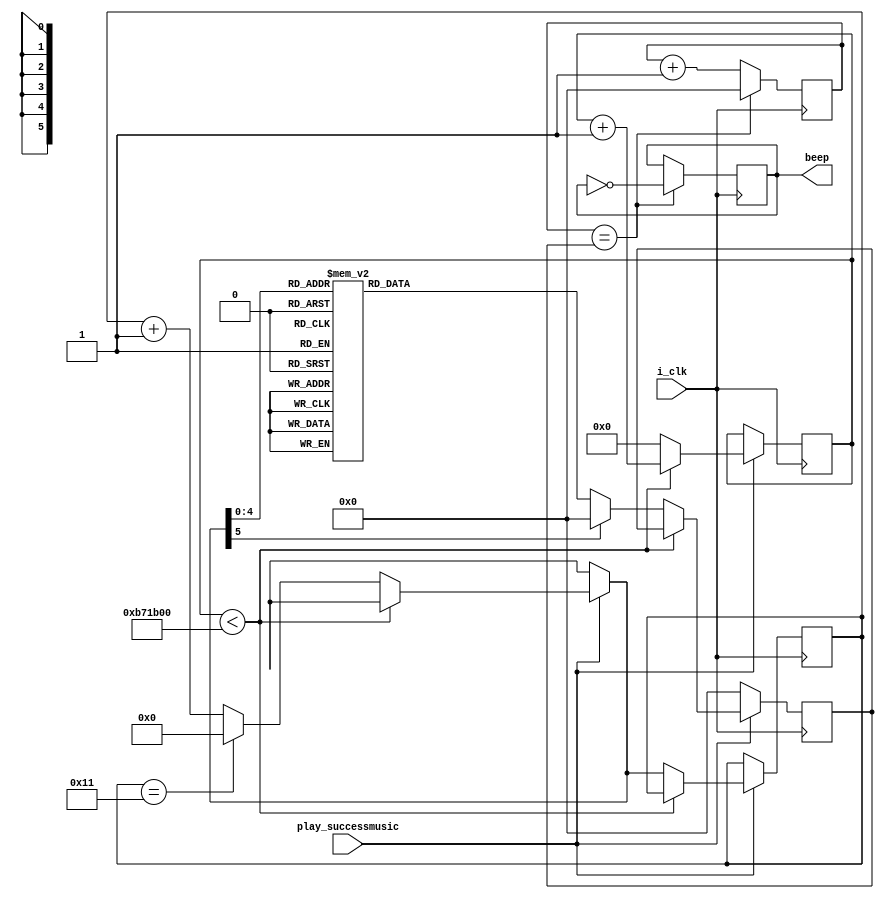
`timescale 1ns / 1ps
//////////////////////////////////////////////////////////////////////////////////
// Company: 
// Engineer: 
// 
// Design Name: 
// Module Name: pay_success
// Project Name: 
// Target Devices: 
// Tool Versions: 
// Description: 
// 
// Dependencies: 
// 
// Revision:
// Revision 0.01 - File Created
// Additional Comments:
// 
//////////////////////////////////////////////////////////////////////////////////


module Bgm(i_clk,play_successmusic,beep );
    input	   i_clk;		input play_successmusic;			//50MHz	
    output    beep;                    //
    reg        beep_r;                //
    reg[5:0] state;                //
    reg[16:0]count,count_end;
    reg[23:0]count1;
    //:D=F/2K  (D:,F:,K:)
    parameter     L_5 = 17'd63776,  //5
                    L_7 = 17'd50618,    //7
                    M_1 = 17'd47774,    //1
                    M_2 = 17'd42568,    //2
                    M_4=17'd35791,//4
                    M_3 = 17'd37919,    //3
                    M_5 = 17'd31888;   //5
 parameter    TIME = 12000000;    //(250ms)                                    
    assign beep = beep_r;            //
    always@(posedge i_clk) begin
        count <= count + 1'b1;        //1
        if(count == count_end) begin    
            count <= 17'h0;            //
            beep_r <= !beep_r;        //
        end
    end
    
    always @(posedge i_clk) begin
   if(play_successmusic)
    begin
       if(count1 < TIME)             //250mS
          count1 = count1 + 1'b1;
       else begin
          count1 = 24'd0;
          if(state == 8'd17)
             state = 8'd0;
          else
             state = state + 1'b1;
       case(state)
       8'd0:count_end = M_1;  
        8'd1,8'd2:count_end=M_3;
        8'd3,8'd4:count_end=M_5;
        8'd5,8'd6:count_end=M_1;
        8'd7:count_end=M_3;
        8'd8:count_end=M_5;
        8'd9,8'd10:count_end=M_1;
       
        8'd11,8'd12:count_end=M_3;
        8'd13:count_end=M_5;
        8'd14:count_end=M_1;
        8'd15:count_end=M_3;
        8'd16,8'd17:count_end=M_5;
     
     
       default: count_end = 16'h0;
       endcase
       end
    end
    else
               count_end = 16'h0;
   end
   

endmodule